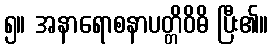
၅။ အနာရောစနာပတ္တိဝိဓိ ပြီး၏။